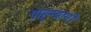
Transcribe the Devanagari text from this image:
पाहुण्यांनी